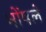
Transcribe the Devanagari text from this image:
भोंषले